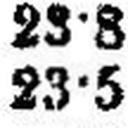
23·5